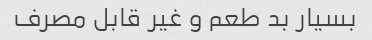
بسیار بد طعم و غیر قابل مصرف